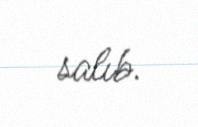
salıb.